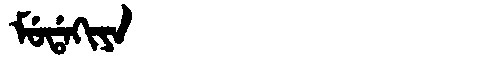
Manchu: ᠮᡠᡩᠠᡴᡳᠶᠠ
Romanization: MUDAKIYA